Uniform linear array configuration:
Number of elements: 8
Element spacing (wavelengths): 0.5
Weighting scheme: hann
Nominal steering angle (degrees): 15
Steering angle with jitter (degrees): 15.054
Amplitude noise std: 0.05
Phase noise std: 0.05

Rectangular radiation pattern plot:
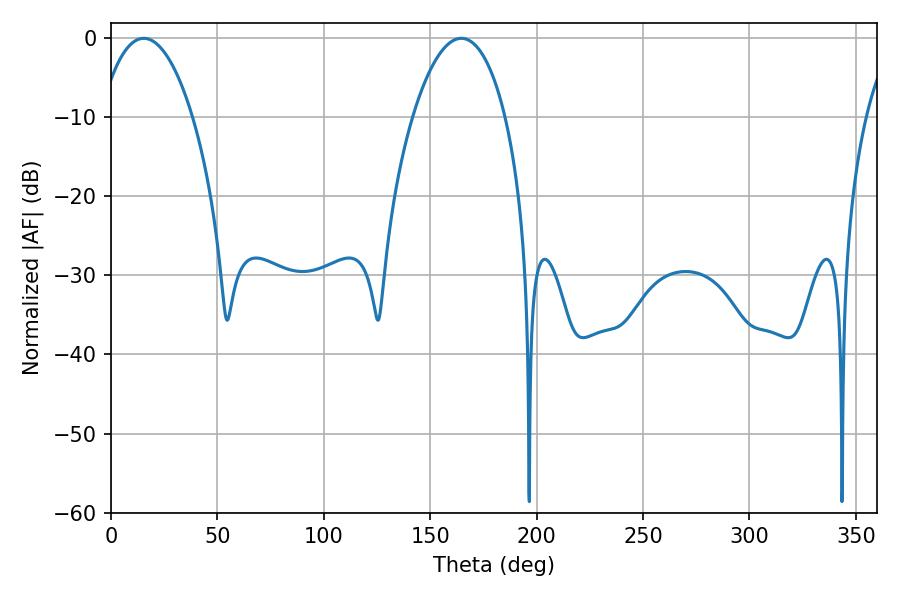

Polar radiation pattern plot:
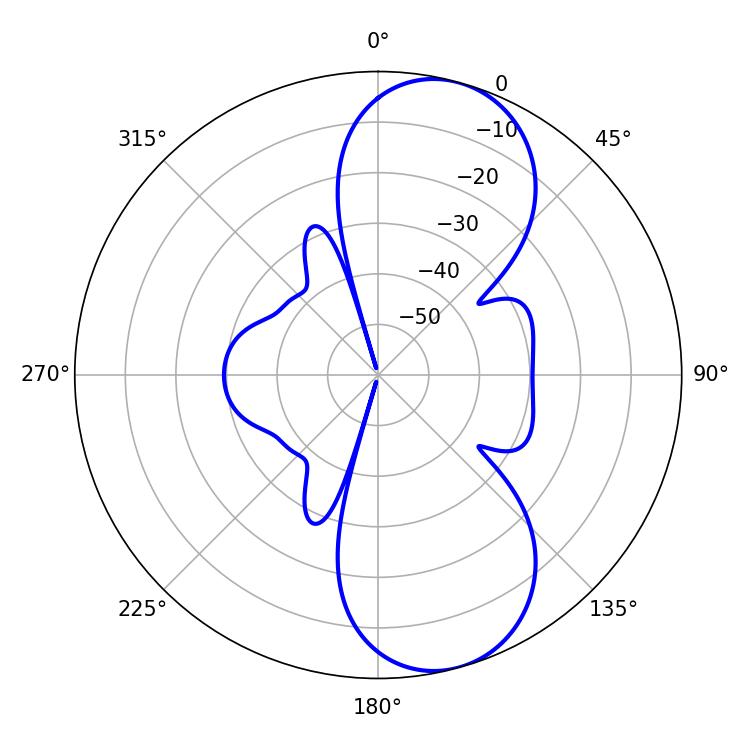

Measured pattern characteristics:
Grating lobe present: FALSE
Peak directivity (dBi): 9.095
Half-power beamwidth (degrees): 24.3
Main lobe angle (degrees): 15.3